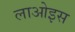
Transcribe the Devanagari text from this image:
लाओइस